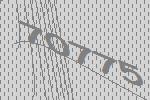
70775